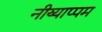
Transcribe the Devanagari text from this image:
नीय्याप्पम